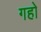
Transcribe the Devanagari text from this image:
गहो